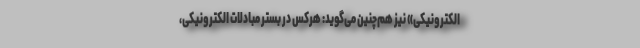
الکترونیکی» نیز هم‌چنین می‌گوید: هرکس در بستر مبادلات الکترونیکی،